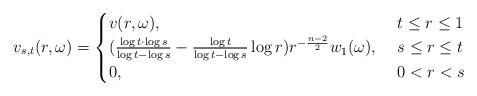
LaTeX: \begin{align*} v_{s,t}(r, \omega) = \begin{cases} v(r, \omega),\ & t\leq r\leq 1 \\ (\frac{\log t \cdot \log s}{\log t - \log s} - \frac{\log t}{\log t - \log s}\log r )r^{-\frac{n-2}{2}}w_1(\omega),\ & s\leq r \leq t \\ 0,\ & 0 < r < s \end{cases} \end{align*}